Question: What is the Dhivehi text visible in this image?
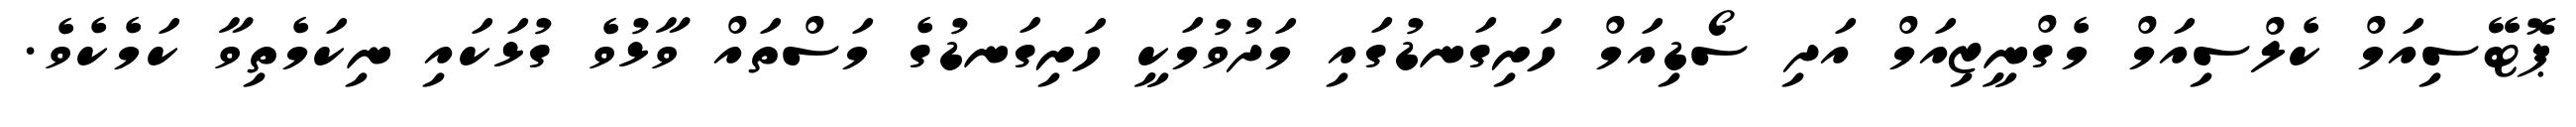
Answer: ޕޮޓޭސިއަމް ކެލްސިއަމް މެގްނީޒިއަމް އަދި ސޯޑިއަމް ހަށިގަނޑުގައި މަދުވުމަކީ ހަށިގަނޑުގެ މަސްތައް ވާޅުވެ ގުޅަކައި ނިކަމެތިވާ ކަމެކެވެ.